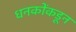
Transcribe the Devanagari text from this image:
धनकोंकडून